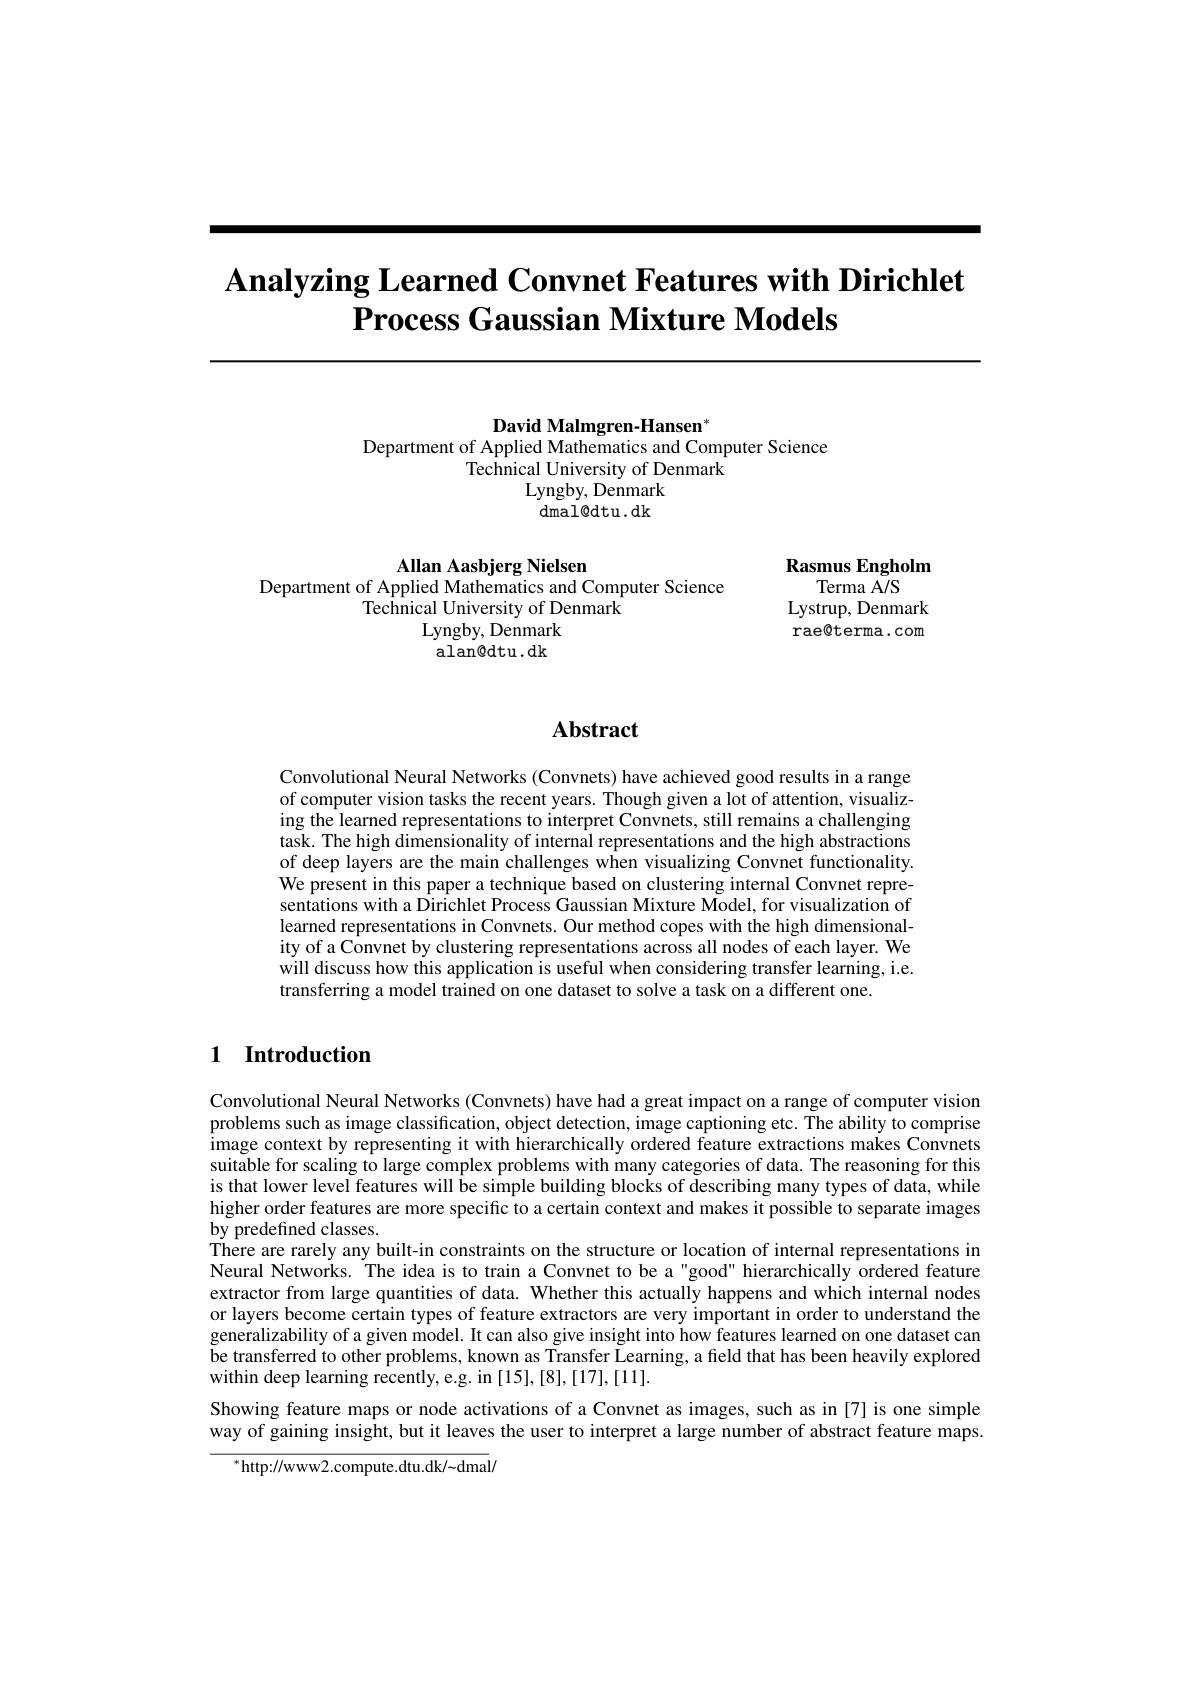
# Analyzing Learned Convnet Features with Dirichlet Process Gaussian Mixture Models

<FigureHere>

## Abstract

Convolutional Neural Networks (Convnets) have achieved good results in a range of computer vision tasks the recent years. Though given a lot of attention, visualizing the learned representations to interpret Convnets, still remains a challenging task. The high dimensionality of internal representations and the high abstractions of deep layers are the main challenges when visualizing Convnet functionality We present in this paper a technique based on clustering internal Convnet representations with a Dirichlet Process Gaussian Mixture Model, for visualization of learned representations in Convnets. Our method copes with the high dimensionality of a Convnet by clustering representations across all nodes of each layer. We will discuss how this application is useful when considering transfer learning, i.e. transferring a model trained on one dataset to solve a task on a different one.

# 1 Introduction

Convolutional Neural Networks (Convnets) have had a great impact on a range of computer vision problems such as image classification, object detection, image captioning etc. The ability to comprise image context by representing it with hierarchically ordered feature extractions makes Convnets suitable for scaling to large complex problems with many categories of data. The reasoning for this is that lower level features will be simple building blocks of describing many types of data, while higher order features are more specific to a certain context and makes it possible to separate images by predefined classes.
There are rarely any built-in constraints on the structure or location of internal representations in Neural Networks. The idea is to train a Convnet to be a"good" hierarchically ordered feature extractor from large quantities of data. Whether this actually happens and which internal nodes or layers become certain types of feature extractors are very important in order to understand the generalizability of a given model. It can also give insight into how features learned on one dataset can be transferred to other problems, known as Transfer Learning, a field that has been heavily explored within deep learning recently, e.g. in [15], [8],[17],[11].
Showing feature maps or node activations of a Convnet as images, such as in [7] is one simple way of gaining insight, but it leaves the user to interpret a large number of abstract feature maps.

${^{*}\mathrm{http://www2.compute.dtu.dk/~dmal/}}$